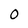
Character: O